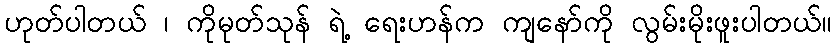
ဟုတ်ပါတယ် ၊ ကိုမုတ်သုန် ရဲ့ ရေးဟန်က ကျနော်ကို လွမ်းမိုးဖူးပါတယ်။